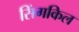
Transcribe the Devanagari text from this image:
सिंगकिल